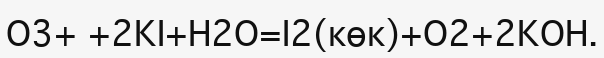
O3+ +2KІ+H2O=І2(көк)+O2+2KOH.